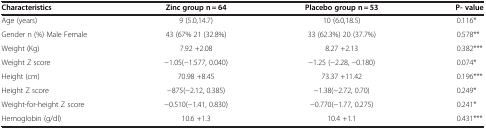
| Characteristics | Zinc group n = 64 | Placebo group n = 53 | P- value |
 | --- | --- | --- | --- |
 | Age (years) | 9 (5.0,14.7) | 10 (6.0,18.5) | 0.116* |
 | Gender n (%) Male Female | 43 (67% 21 (32.8%) | 33 (62.3%) 20 (37.7%) | 0.578** |
 | Weight (Kg) | 7.92 +2.08 | 8.27 +2.13 | 0.382*** |
 | Weight Z score | −1.05(−1.577, 0.040) | −1.25 (−2.28, −0.180) | 0.074* |
 | Height (cm) | 70.98 +8.45 | 73.37 +11.42 | 0.196*** |
 | Height Z score | −875(−2.12, 0.385) | −1.38(−2.72, 0.70) | 0.249* |
 | Weight-for-height Z score | −0.510(−1.41, 0.830) | −0.770(−1.77, 0.275) | 0.241* |
 | Hemoglobin (g/dl) | 10.6 +1.3 | 10.4 +1.1 | 0.431*** |